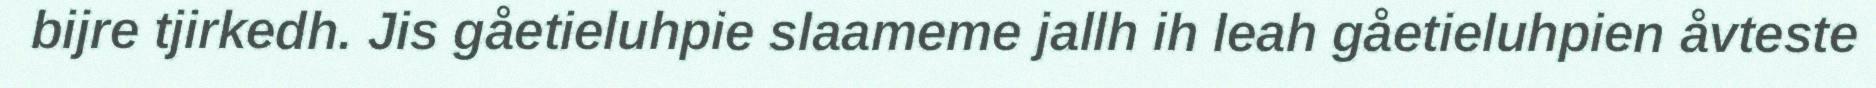
bijre tjirkedh. Jis gåetieluhpie slaameme jallh ih leah gåetieluhpien åvteste